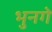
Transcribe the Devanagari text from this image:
भुनगे